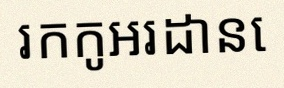
រកកូអរដោនេ